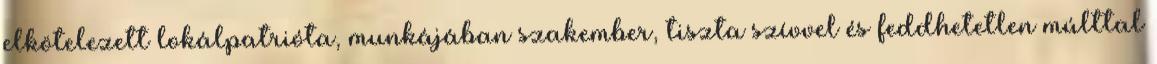
elkötelezett lokálpatrióta, munkájában szakember, tiszta szívvel és feddhetetlen múlttal